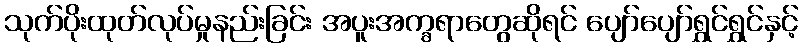
သုက်ပိုးထုတ်လုပ်မှုနည်းခြင်း အပူးအက္ခရာတွေဆိုရင် ပျော်ပျော်ရွှင်ရွှင်နှင့်